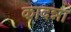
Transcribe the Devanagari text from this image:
कादन्ना